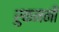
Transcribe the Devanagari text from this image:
रुकमनी